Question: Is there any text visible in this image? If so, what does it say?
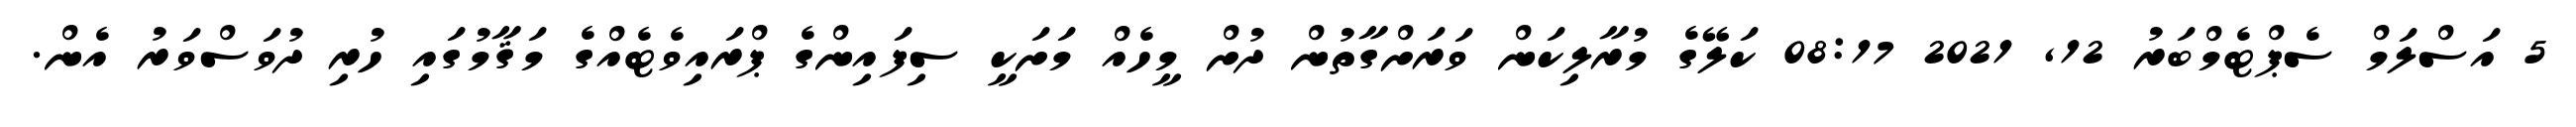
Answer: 5 އަސްލަމް ސެޕްޓެމްބަރު 12, 2021 08:17 ކަލޭގެ މުރާލިކަން ވަރަށްގާތުން ދުށް މީހެއް މަށަކީ ސިފައިންގެ ޕްރައިވެޓެއްގެ މަޤާމުގައި ހުރި ދުވަސްވަރު އެން.